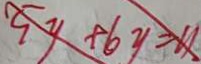
5 y + 6 y = 1 1